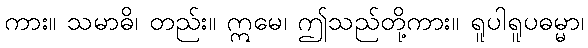
ကား။ သမာဓိ၊ တည်း။ ဣမေ၊ ဤသည်တို့ကား။ ရူပါရူပဓမ္မာ၊